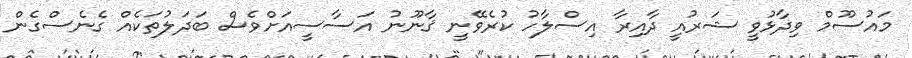
މައުސޫމް ވިދާޅުވީ ޝަރުއީ ދާއިރާ އިސްލާހު ކުރެވޭނީ ޤާނޫނު އަސާސީއަށްވެސް ބަދަލުތަކެއް ގެނެސްގެން